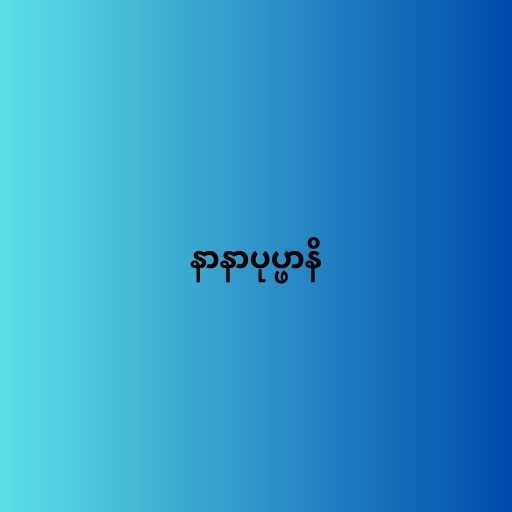
နာနာပုပ္ဖာနိ